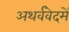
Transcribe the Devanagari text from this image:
अथर्ववेदमें